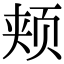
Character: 颊